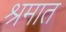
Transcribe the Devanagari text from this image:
श्रमात